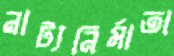
নাট্যনির্মাতা